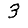
Digit: 3